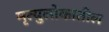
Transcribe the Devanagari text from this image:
मृत्युलोकातील